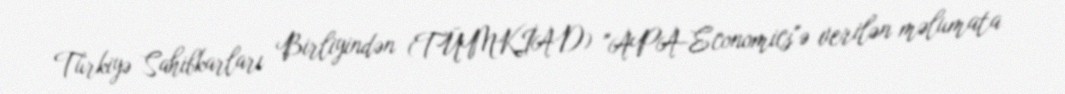
Türkiyə Sahibkarları Birliyindən (TÜMKİAD) "APA-Economics"ə verilən məlumata